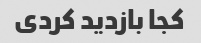
کجا بازدید کردی